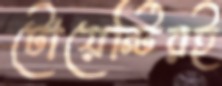
টোয়েন্টিরই